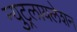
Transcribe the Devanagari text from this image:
न्युट्रलायलेशन